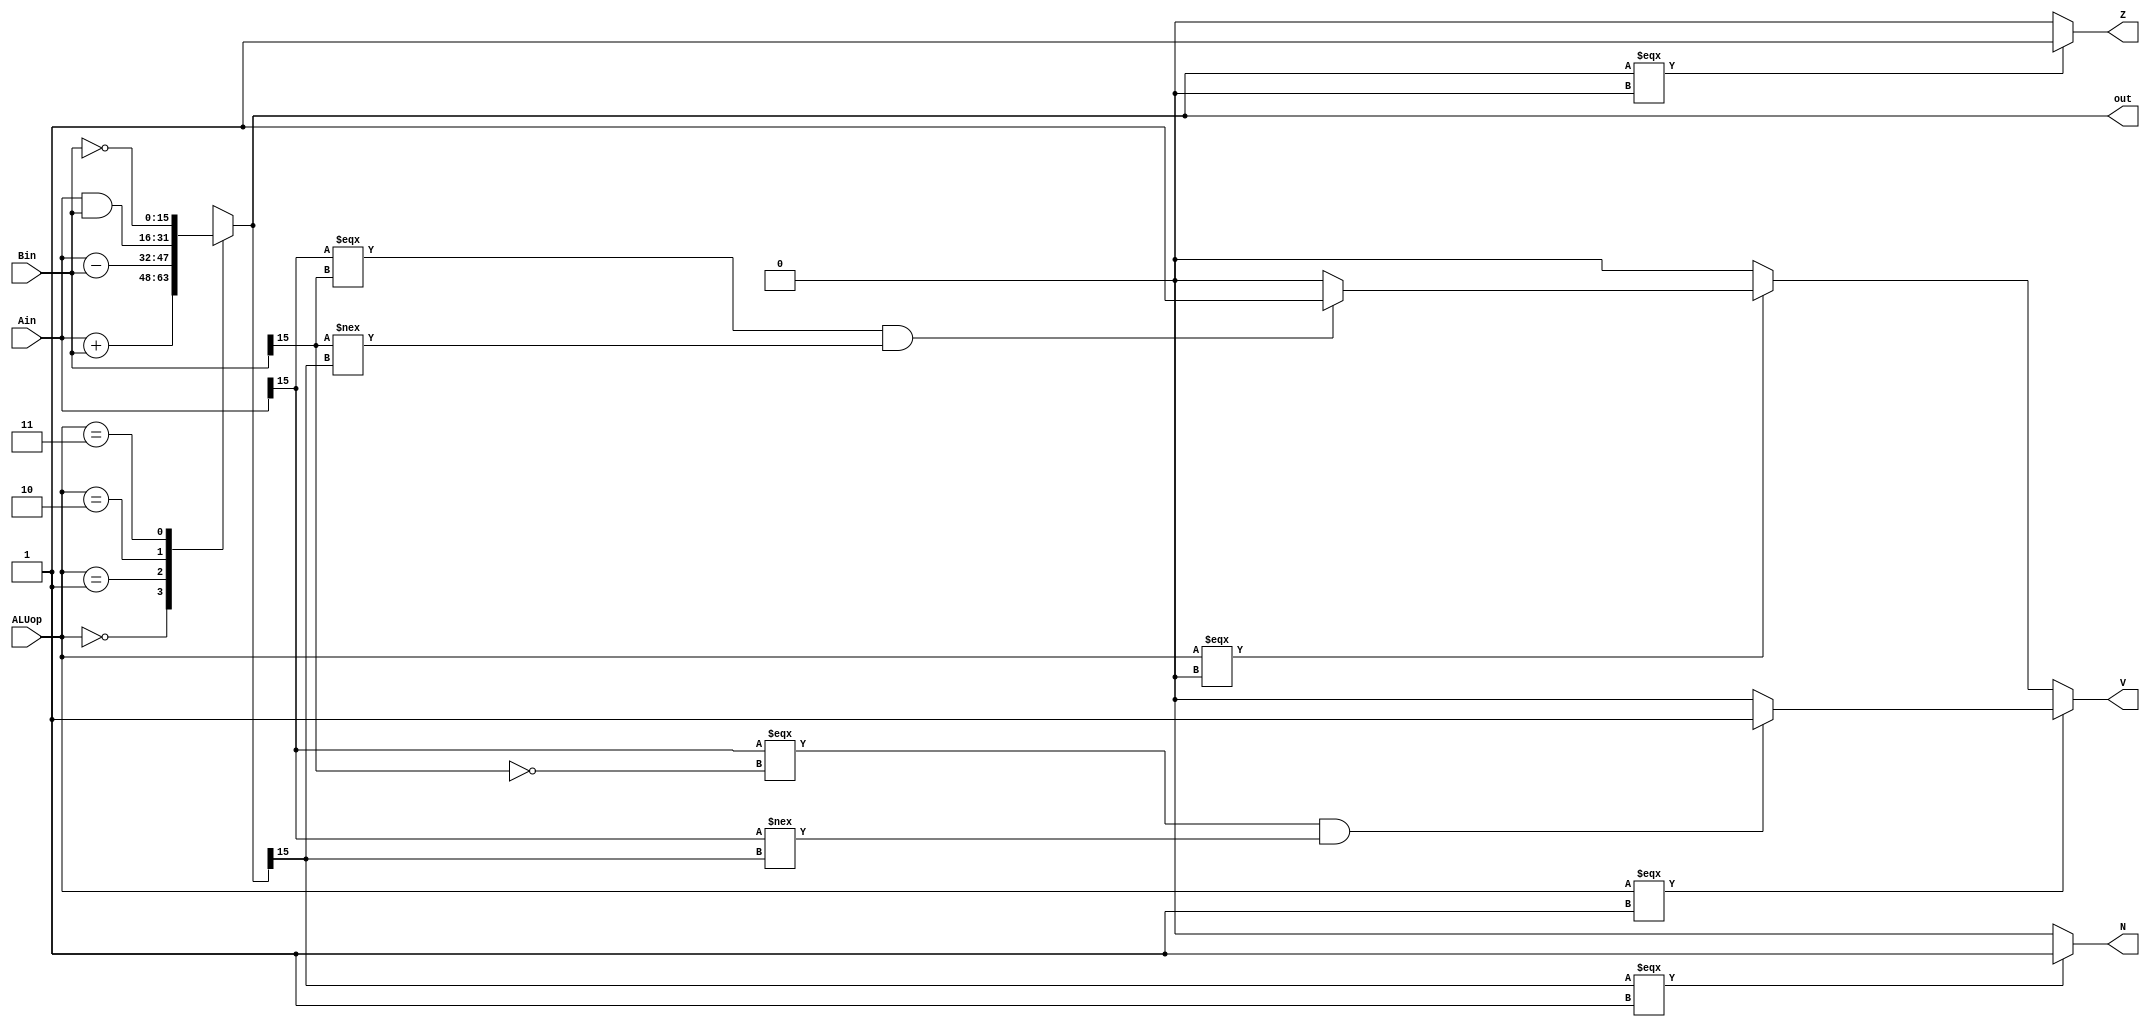
module ALU(Ain,Bin,ALUop,out, N, V, Z);
    input [15:0] Ain, Bin;
    input [1:0] ALUop;
    output [15:0] out;  
    reg [15:0] out; 
    output Z;
    output N;
    output V;
    reg Z;
    reg N;
    reg V;

    always @* begin
        case(ALUop)
            2'b00 : out = Ain + Bin;
            2'b01 : out = Ain - Bin;
            2'b10 : out = Ain & Bin;
            2'b11 : out = ~Bin;

            default : out = {16{1'bx}};
        endcase

        //If output is 0, Z=1, otherwise Z=0
        if(out === 16'd0) begin
            Z = 1'b1;
        end else begin
            Z = 1'b0;
        end

        //If output is negative, MSB is 1 (2's complement), N=1, otherwise N=0
        if(out[15] === 1'b1) begin
            N = 1'b1;
        end else begin
            N = 1'b0;
        end

        if(ALUop === 2'b01) begin //overflow detection for subtraction, Bin will automatically have a negative sign (Ain + (-Bin))
            if((Ain[15] === ~Bin[15]) && (Ain[15] !== out[15])) begin 
               V = 1'b1; 
            end else begin
                V = 1'b0;
            end
        end else if(ALUop === 2'b00) begin //overflow detection for addition
            if((Ain[15] === Bin[15]) && (Bin[15] !== out[15])) begin 
               V = 1'b1; 
            end else begin
                V = 1'b0;
            end
        end else begin
            V = 1'b0;
        end
    end
endmodule